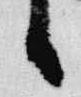
日